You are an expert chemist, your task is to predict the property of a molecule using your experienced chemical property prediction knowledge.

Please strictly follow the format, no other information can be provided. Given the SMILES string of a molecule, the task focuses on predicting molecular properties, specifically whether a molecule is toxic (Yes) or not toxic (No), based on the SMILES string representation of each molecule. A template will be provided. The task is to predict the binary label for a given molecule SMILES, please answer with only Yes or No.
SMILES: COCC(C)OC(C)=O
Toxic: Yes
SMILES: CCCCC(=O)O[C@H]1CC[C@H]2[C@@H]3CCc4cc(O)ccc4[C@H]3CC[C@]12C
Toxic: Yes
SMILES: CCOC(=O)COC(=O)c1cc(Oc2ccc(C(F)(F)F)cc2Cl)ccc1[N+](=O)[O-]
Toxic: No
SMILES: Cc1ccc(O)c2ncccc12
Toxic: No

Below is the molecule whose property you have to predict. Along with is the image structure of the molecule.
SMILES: CCCCCCCCCCCC(=O)O[Sn](CCCC)(CCCC)OC(=O)CCCCCCCCCCC
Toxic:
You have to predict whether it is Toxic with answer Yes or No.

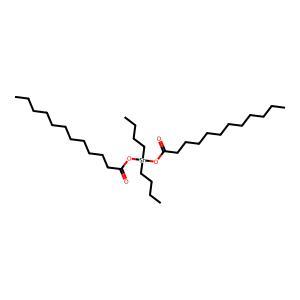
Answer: No